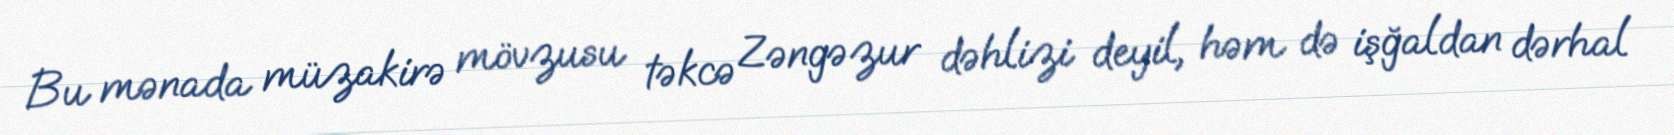
Bu mənada müzakirə mövzusu təkcə Zəngəzur dəhlizi deyil, həm də işğaldan dərhal